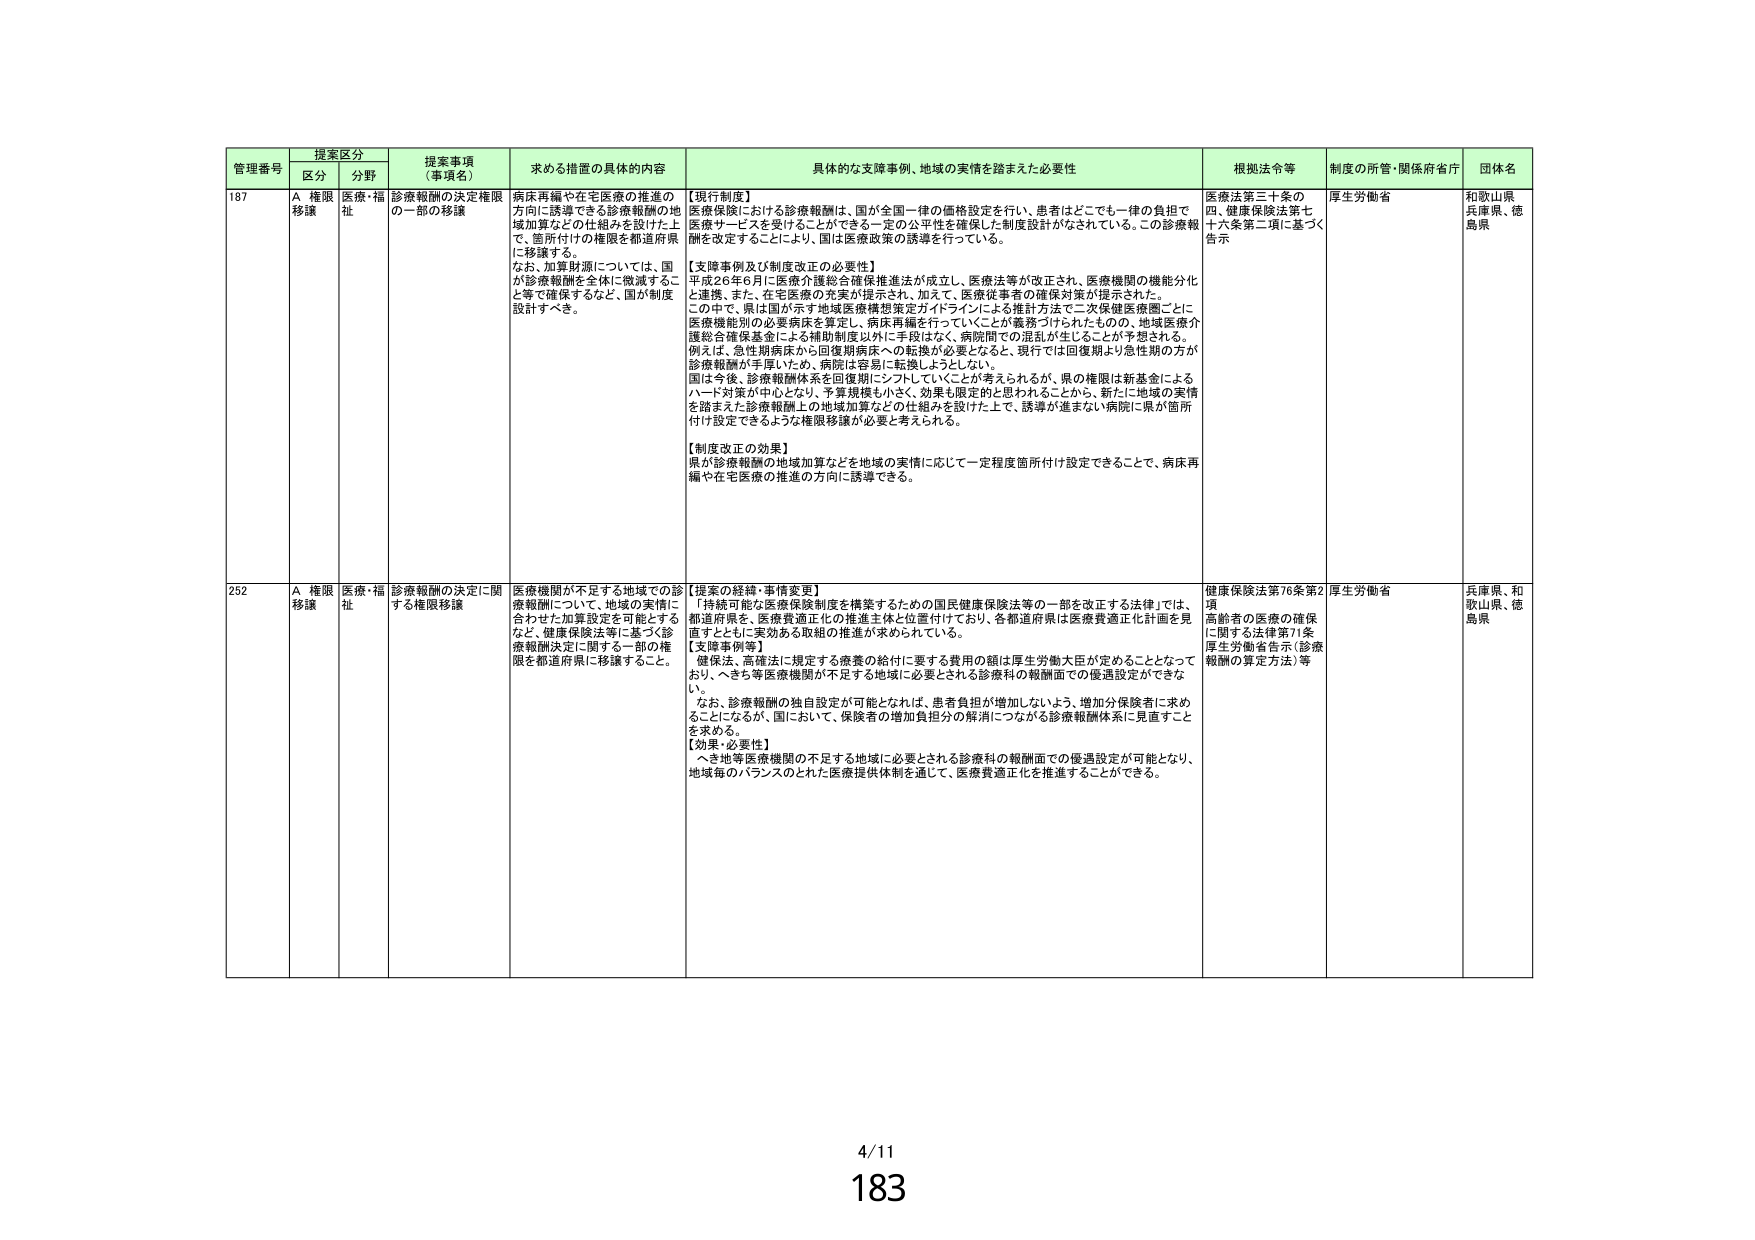
管理番号 提案区分 提案事項（事項名） 求める措置の具体的内容 具体的な支援事例、地域の実情を踏まえた必要性 根拠法令等 制度の所管・関係府省庁 団体名
区分 分野
187 A 権限移譲 医療・福祉 診療報酬の決定権限の一部の移譲 病床再編や在宅医療の推進の方向に誘導できる診療報酬の地域加算などの仕組みを設けた上で、箇所付けの権限を都道府県に移譲する。 なお、加算財源については、国が診療報酬を全体に微減すること等で確保するなど、国が制度設計すべき。 【現行制度】 医療保険における診療報酬は、国が全国一律の価格設定を行い、患者はどこでも一律の負担で医療サービスを受けられることが可能で一定の公平性を確保した制度設計がなされている。この診療報酬を改定することにより、国は医療政策の誘導を行っている。 【支障事例及び制度改正の必要性】 平成26年6月に医療介護総合確保推進法が成立し、医療法等が改正され、医療機関の機能分化と連携、また、在宅医療の充実が提示され、加えて、医療従事者の確保対策が提示された。 この中で、県は国が示す地域医療構想策定ガイドラインによる推計方法で二次保健医療圏ごとに医療機能別の必要病床を算定し、病床再編を行っていくことが義務づけられたものの、地域医療介護総合確保基金による補助制度以外に手段はなく、病院間での混乱が生じることが予想される。 例えば、急性期病床から回復期病床への転換が必要となると、現行では回復期より急性期の方が診療報酬が手厚いため、病院は容易に転換しようとしない。 国は今後、診療報酬体系を回復期にシフトしていくことが考えられるが、県の権限は新基金によるハード対策が中心となり、予算規模も小さく、効果も限定的と思われることから、新たに地域の実情を踏まえた診療報酬上の地域加算などの仕組みを設けた上で、誘導が進まない病院に県が箇所付け設定できるような権限移譲が必要と考えられる。 【制度改正の効果】 県が診療報酬の地域加算などを地域の実情に応じて一定程度箇所付け設定できることで、病床再編や在宅医療の推進の方向に誘導できる。 医療法第三十条の四、健康保険法第七十六条第二項に基づく告示 厚生労働省 和歌山県 兵庫県、徳島県
252 A 権限移譲 医療・福祉 診療報酬の決定に関する権限移譲 医療機関が不足する地域での診療報酬について、地域の実情に合わせた加算設定を可能とするなど、健康保険法等に基づく診療報酬決定に関する一部の権限を都道府県に移譲すること。 【提案の経緯・事情変更】 「持続可能な医療保険制度を構築するための国民健康保険法等の一部を改正する法律」では、都道府県を、医療費適正化の推進主体と位置付けており、各都道府県は医療費適正化計画を見直すとともに実効ある取組の推進が求められている。 【支障事例等】 健保法、高確法に規定する療養の給付に要する費用の額は厚生労働大臣が定めることとなっており、へき地等医療機関が不足する地域に必要とされる診療科の報酬面での優遇設定ができない。 なお、診療報酬の独自設定が可能となれば、患者負担が増加しないよう、増加分保険者に求めることになるが、国において、保険者の増加負担分の解消につながる診療報酬体系に見直すことを求める。 【効果・必要性】 へき地等医療機関の不足する地域に必要とされる診療科の報酬面での優遇設定が可能となり、地域毎のバランスのとれた医療提供体制を通じて、医療費適正化を推進することができる。 健康保険法第76条第2項 高齢者の医療の確保に関する法律第71条 厚生労働省告示（診療報酬の算定方法）等 厚生労働省 兵庫県、和歌山県、徳島県
4/11
183